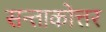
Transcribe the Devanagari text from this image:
सन्ताकोत्तर